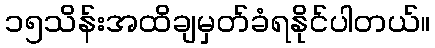
၁၅သိန်းအထိချမှတ်ခံရနိုင်ပါတယ်။